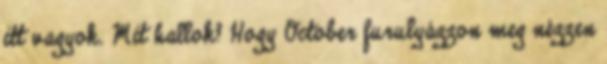
itt vagyok. Mit hallok? Hogy October furulyázzon meg nézzen